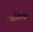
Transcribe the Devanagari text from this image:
उपस्थितिक